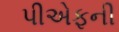
પીએફની